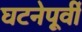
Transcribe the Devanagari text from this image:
घटनेपूर्वी